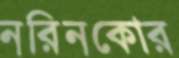
নরিনকোর